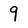
Character: 9